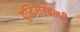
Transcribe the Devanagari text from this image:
वृद्धिसम्बन्धी